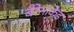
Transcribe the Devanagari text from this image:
बैरेनाकेड